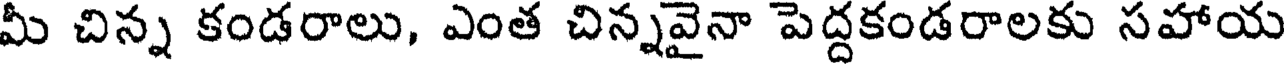
మీ చిన్న కండరాలు, ఎంత చిన్నవైనా పెద్దకండరాలకు సహాయ